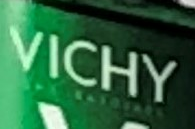
VICHY